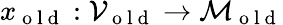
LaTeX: x_{\mathrm{~o~l~d~}}:\mathcal{V}_{\mathrm{~o~l~d~}}\to\mathcal{M}_{\mathrm{~o~l~d~}}